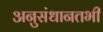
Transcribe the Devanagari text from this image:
अनुसंधानतभी